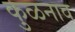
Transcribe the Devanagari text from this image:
कुळनाव